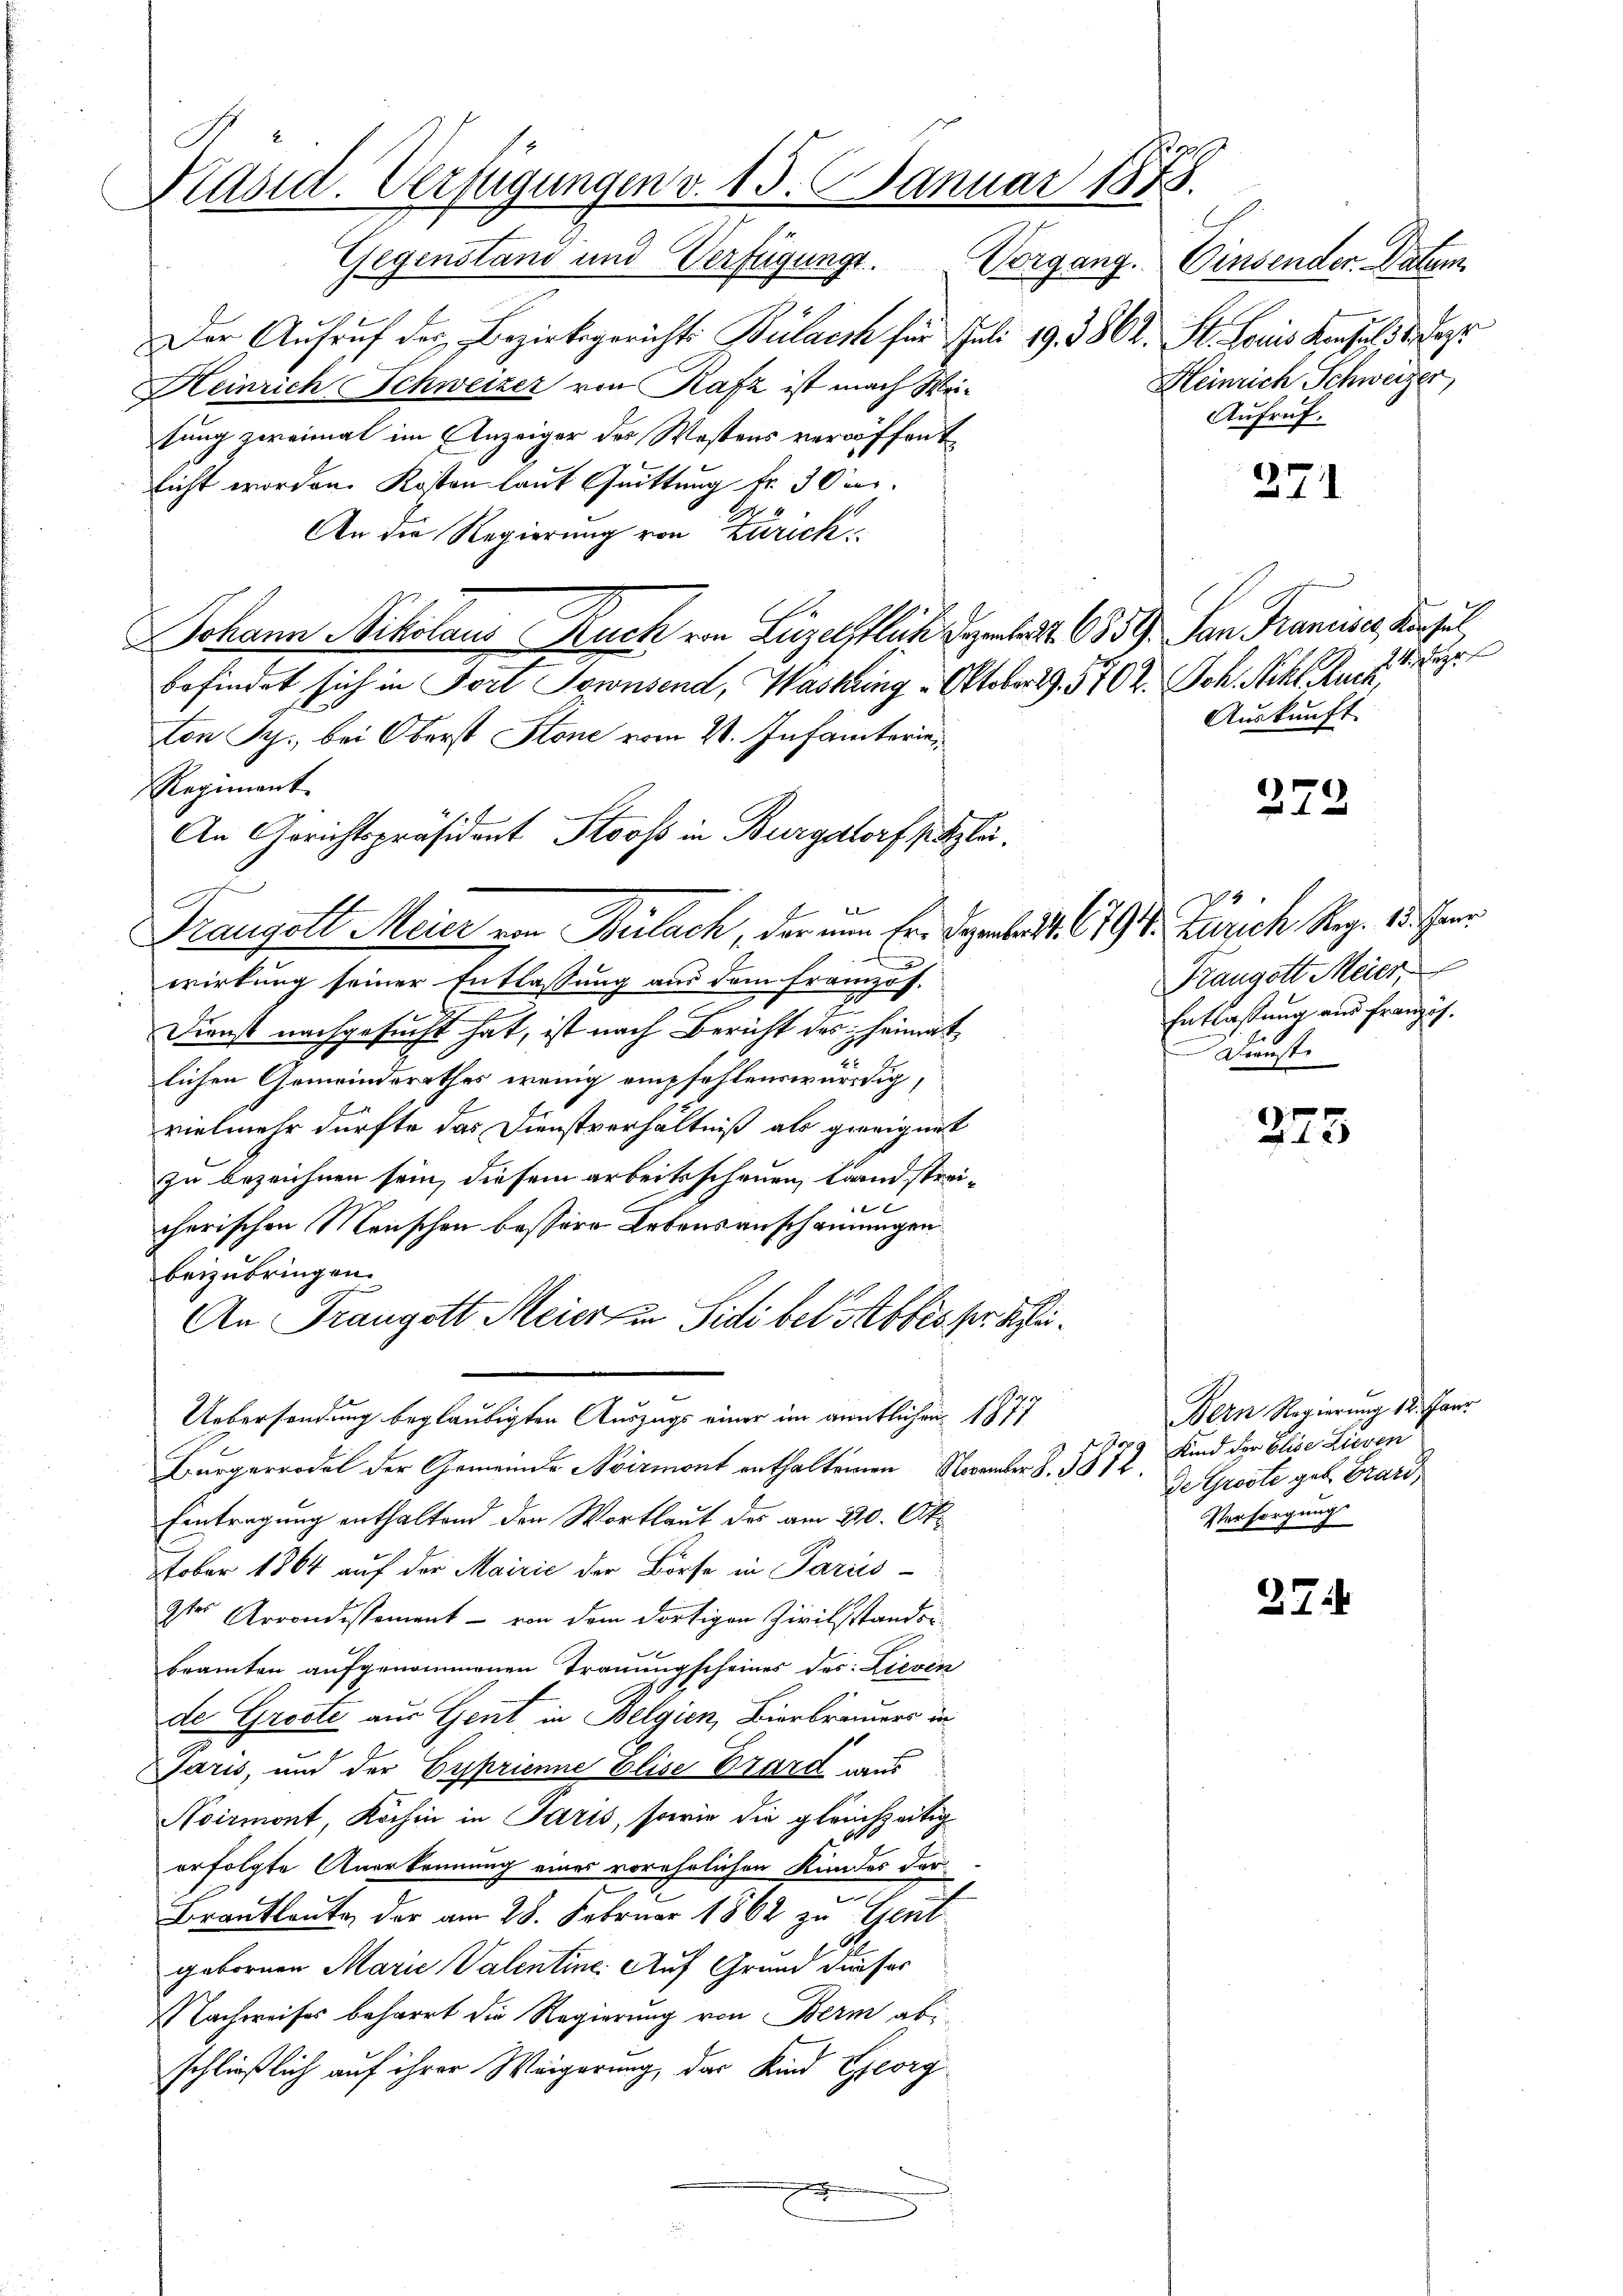
ke
Präsid. Verfügungen v. 15. Januar 1878.
Gegenstand und Verfügungs. Vorgang.

Der Aufruf des Bezirksgericht Bülach für Juli 19. 3862. St. Louis Konsul 31. Sept
Heinrich Schweizer von Rafz ist nach Weitung zweimal im Anzeiger des Westens veröffentsicht worden. Kosten laut Quittung fr. 30.
An die Regierung von Zürich
Johann Nikolaus Ruch von Luzerstlich Beerbert. 685. San Franciser, unzul
befindet sich in Fort Sownsend, Washing - Oktober 29. 570 Z. Joh. Nicht Ruck,
ton Sch., bei Oberst Stone vom 21. Infanterien
Regiment
An Gerichtspräsident Stooss in Burgdorf setzli¬
2
Trangott Meier von Bülach, der nun Hr. Dezember 1. 619 v. Zürich Mag. 15 herr
g
wirkung seiner Entlassung aus dem französ.
e
Dienst nachgesucht hat, ist nach Bericht des Heimat
lichen Gemeinderathes wenig empfehlenswürdig,
vielmehr dürfte das Dienstverhältniß als geeignet
zu bezeichnen sein, diesem arbeitsscheuen, land strei¬
 x
cherischen Menschen bessere Lebensanschauungen
beizubringen.
An Frangott Meier in Sidibet Abbisser Mei¬
Uebersendung beglaubigten Auszugs einer im anntlichen 1877
Bürgerrodel der Gemeinde Noirmont enthaltenen
November S. 3812.
Eintragung enthaltend den Wortlaut des am 20. Okstober 1864 auf der Mairić der Börse in Paris
9ter Arrondissement - von dem dortigen Zivilstander
beamten aufgenommenen Trauungscheines des Lievin
de Gröste aus Gent, in Belgien, Bierbrauers in
Paris, und der Ersprienne Elise Brard aus
Noirmont, Köchin in Paris, sowie die gleichzeitig
erfolgte Anerkennung eines vorehelichen Kindes der
Brautleute der am 28. Februar 1862 zu Gent
gebornen Marie Valentine. Auf Grund dieses
NNachweises beharrt die Regierung von Berm abschließlich auf ihrer Weigerung, das Kind Georg
e

Einsender. Datum
Heinrich Schweizer,
Aufruf.

271

14 er
Auskunft

272

Prangott Meier,
Entlastung aus Französ.
Dienste

375

Bern Regierung 18. Janr
1709 Kind der Elise Lieven
de Gröste geb. Grari,
Versorgung

27.